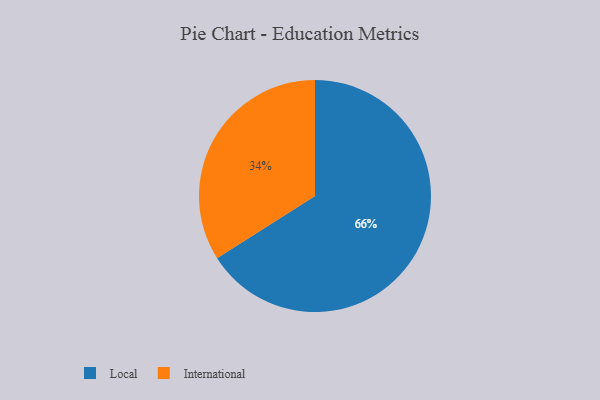
{"axis": {"x": "Category", "y": "Percentage"}, "legend": ["International", "Local"], "data": [{"x": "International", "y": 34, "type": "International"}, {"x": "Local", "y": 66, "type": "Local"}]}